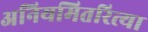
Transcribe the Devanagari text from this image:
अनियमितरित्या